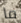
ما